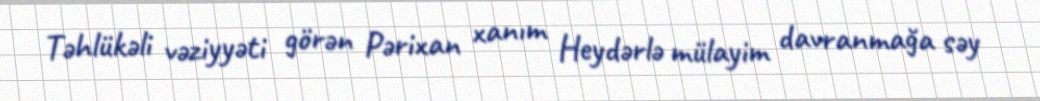
Təhlükəli vəziyyəti görən Pərixan xanım Heydərlə mülayim davranmağa səy